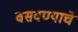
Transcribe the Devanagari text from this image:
वसवण्याचे